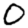
Digit: 0